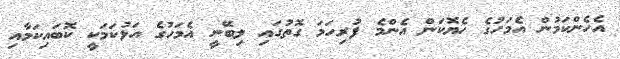
އެހެންކަމުން އެމަހުގެ ހެޔޮކަން އެންމެ ފުރިހަމަ ގޮތުގައި ލިބޭނީ އެމަހުގެ އަޅުކަމަކީ ކޮބައިކަމާއި